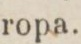
ropa.